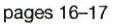
pages 16-17